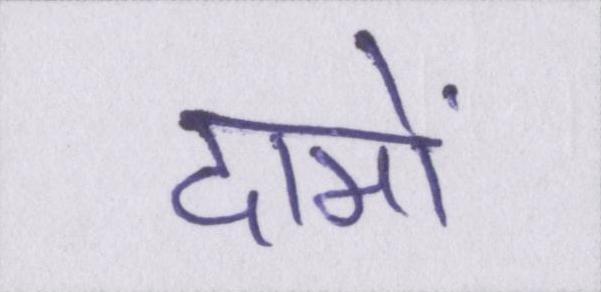
दामों